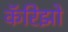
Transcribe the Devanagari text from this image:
कॅरिझो